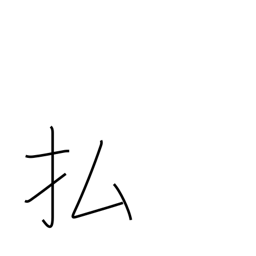
Meaning: prune